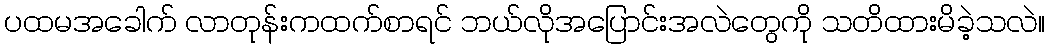
ပထမအခေါက် လာတုန်းကထက်စာရင် ဘယ်လိုအပြောင်းအလဲတွေကို သတိထားမိခဲ့သလဲ။